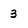
Character: 3